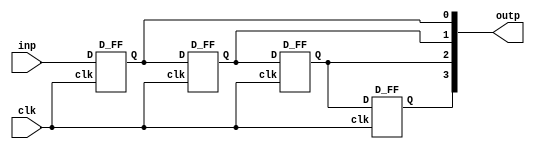
module Shift_Register_four_bit(clk, inp, outp);
    input   inp, clk;
    output  [3:0] outp;

D_FF DF0(clk, inp, outp[0], );
D_FF DF1(clk, outp[0], outp[1], );
D_FF DF2(clk, outp[1], outp[2], );
D_FF DF3(clk, outp[2], outp[3], );

endmodule
module SR_Latch(S, R, Q, not_Q);
input S, R;
output Q, not_Q;

nand(Q, S, not_Q);
nand(not_Q, R, Q);

endmodule
module D_FF(clk, D, Q, not_Q);
input   clk, D;
output  Q, not_Q;

wire Q1, Q2, not_Q1, not_Q2, S;

and(S, not_Q1, clk);

SR_Latch SR0(not_Q2, clk, Q1, not_Q1);
SR_Latch SR1(S, D, Q2, not_Q2);
SR_Latch SR2(not_Q1, Q2, Q, not_Q);

endmodule